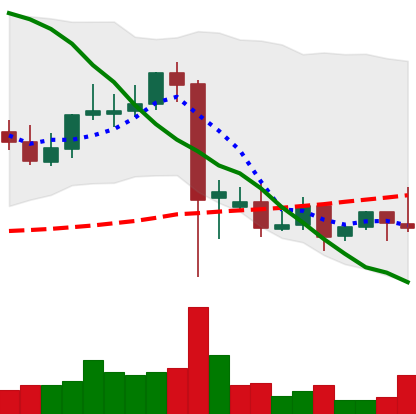
Ticker: DOGE-USD
Chart end date: 2021-09-17
Forward return: -6.282%
Label: down_5_7